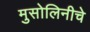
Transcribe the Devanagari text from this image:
मुसोलिनीचे